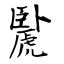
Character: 䖙